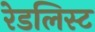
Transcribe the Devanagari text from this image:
रेडलिस्ट